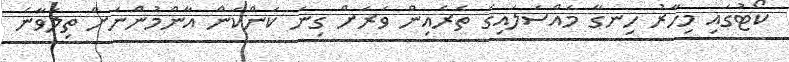
ކޯޓުގައި މިހާރު ހިނގާ މައްސަަލައިގެ ތެރެއިން ވަރަށް ގިނަ ކަންކަން އާންމުންނަށް ތިލަވާނެ